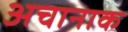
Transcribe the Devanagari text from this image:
अचानाक